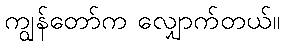
ကျွန်တော်က လျှောက်တယ်။